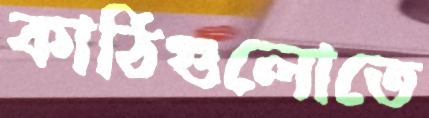
কাঠিগুলোতে